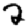
Digit: 2